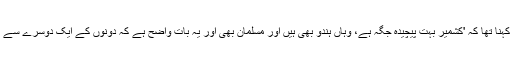
امریکی صدر کا کہنا تھا کہ 'کشمیر بہت پیچیدہ جگہ ہے، وہاں ہندو بھی ہیں اور مسلمان بھی اور یہ بات واضح ہے کہ دونوں کے ایک دوسرے سے بہتر تعلقات نہیں۔